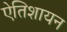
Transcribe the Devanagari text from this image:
एेतिशायन